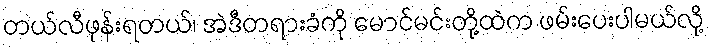
တယ်လီဖုန်းရတယ်၊ အဲဒီတရားခံကို မောင်မင်းတို့ထဲက ဖမ်းပေးပါမယ်လို့